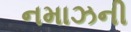
નમાઝની